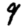
Digit: 9